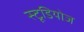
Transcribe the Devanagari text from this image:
स्‍टूडियोज